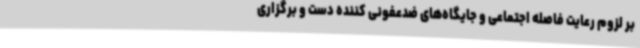
بر لزوم رعایت فاصله اجتماعی و جایگاه‌های ضدعفونی کننده دست و برگزاری